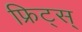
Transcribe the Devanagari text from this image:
फ्रिट्स्